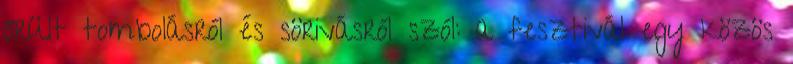
őrült tombolásról és sörivásról szól: a fesztivál egy közös